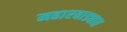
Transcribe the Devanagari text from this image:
महारवाड्यात